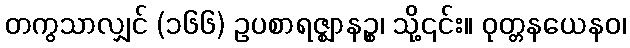
တကွသာလျှင် (၁၆၆) ဥပစာရဇ္ဈာနဉ္စ၊ သို့၎င်း။ ဝုတ္တနယေနဝ၊